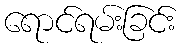
ရောင်ရမ်းခြင်း